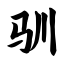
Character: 驯